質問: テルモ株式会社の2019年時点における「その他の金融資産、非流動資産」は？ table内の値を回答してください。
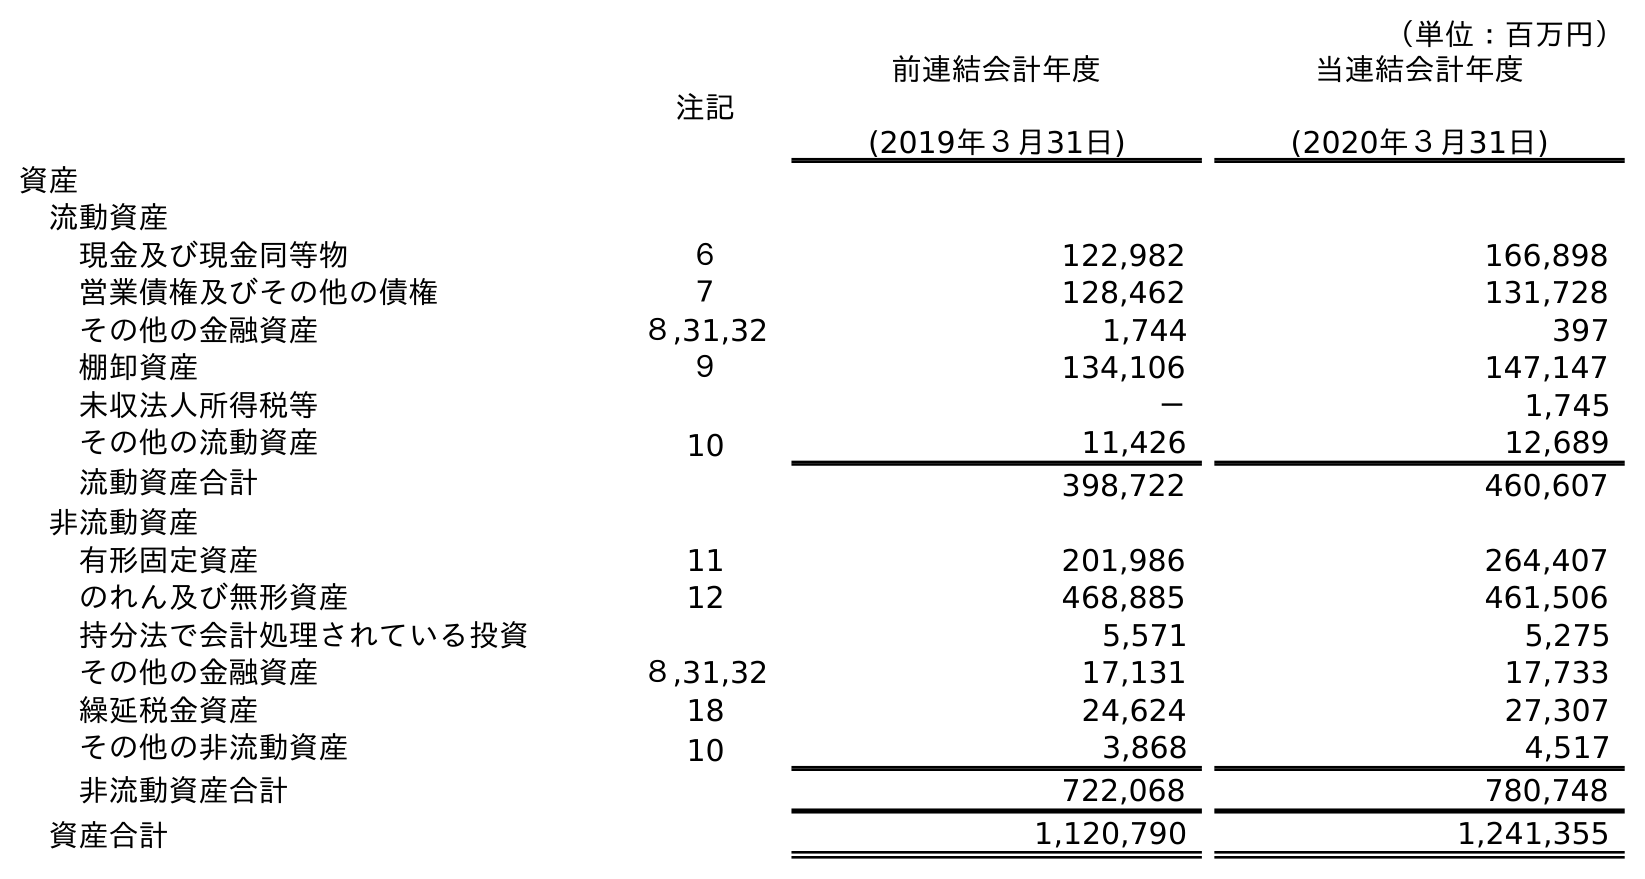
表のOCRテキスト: （単位：百万円） 注記 前連結会計年度 (2019年３月31日) 当連結会計年度 (2020年３月31日) 資産 流動資産 現金及び現金同等物 ６ 122,982 166,898 営業債権及びその他の債権 ７ 128,462 131,728 その他の金融資産 ８,31,32 1,744 397 棚卸資産 ９ 134,106 147,147 未収法人所得税等 － 1,745 その他の流動資産 10 11,426 12,689 流動資産合計 398,722 460,607 非流動資産 有形固定資産 11 201,986 264,407 のれん及び無形資産 12 468,885 461,506 持分法で会計処理されている投資 5,571 5,275 その他の金融資産 ８,31,32 17,131 17,733 繰延税金資産 18 24,624 27,307 その他の非流動資産 10 3,868 4,517 非流動資産合計 722,068 780,748 資産合計 1,120,790 1,241,355
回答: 17,131